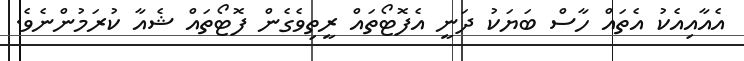
އެއާއިއެކު އެތައް ހާސް ބަޔަކު ދަނީ އެފޮޓޯތައް ރީތިވެގެން ފޮޓޯތައް ޝެއާ ކުރަމުންނެވެ.